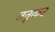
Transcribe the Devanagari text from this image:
तनूकर